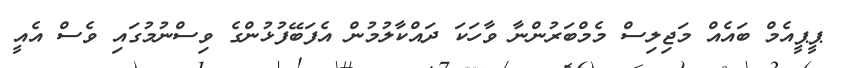
ޕީޕީއެމް ބައެއް މަޖިލިސް މެމްބަރުންނާ ވާހަކަ ދައްކާލުމުން އެފަބޭފުޅުންގެ ވިސްނުމުގައި ވެސް އެއީ